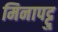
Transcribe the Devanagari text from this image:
मिनापट्टु